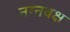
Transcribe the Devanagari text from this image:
नग्नवक्ष